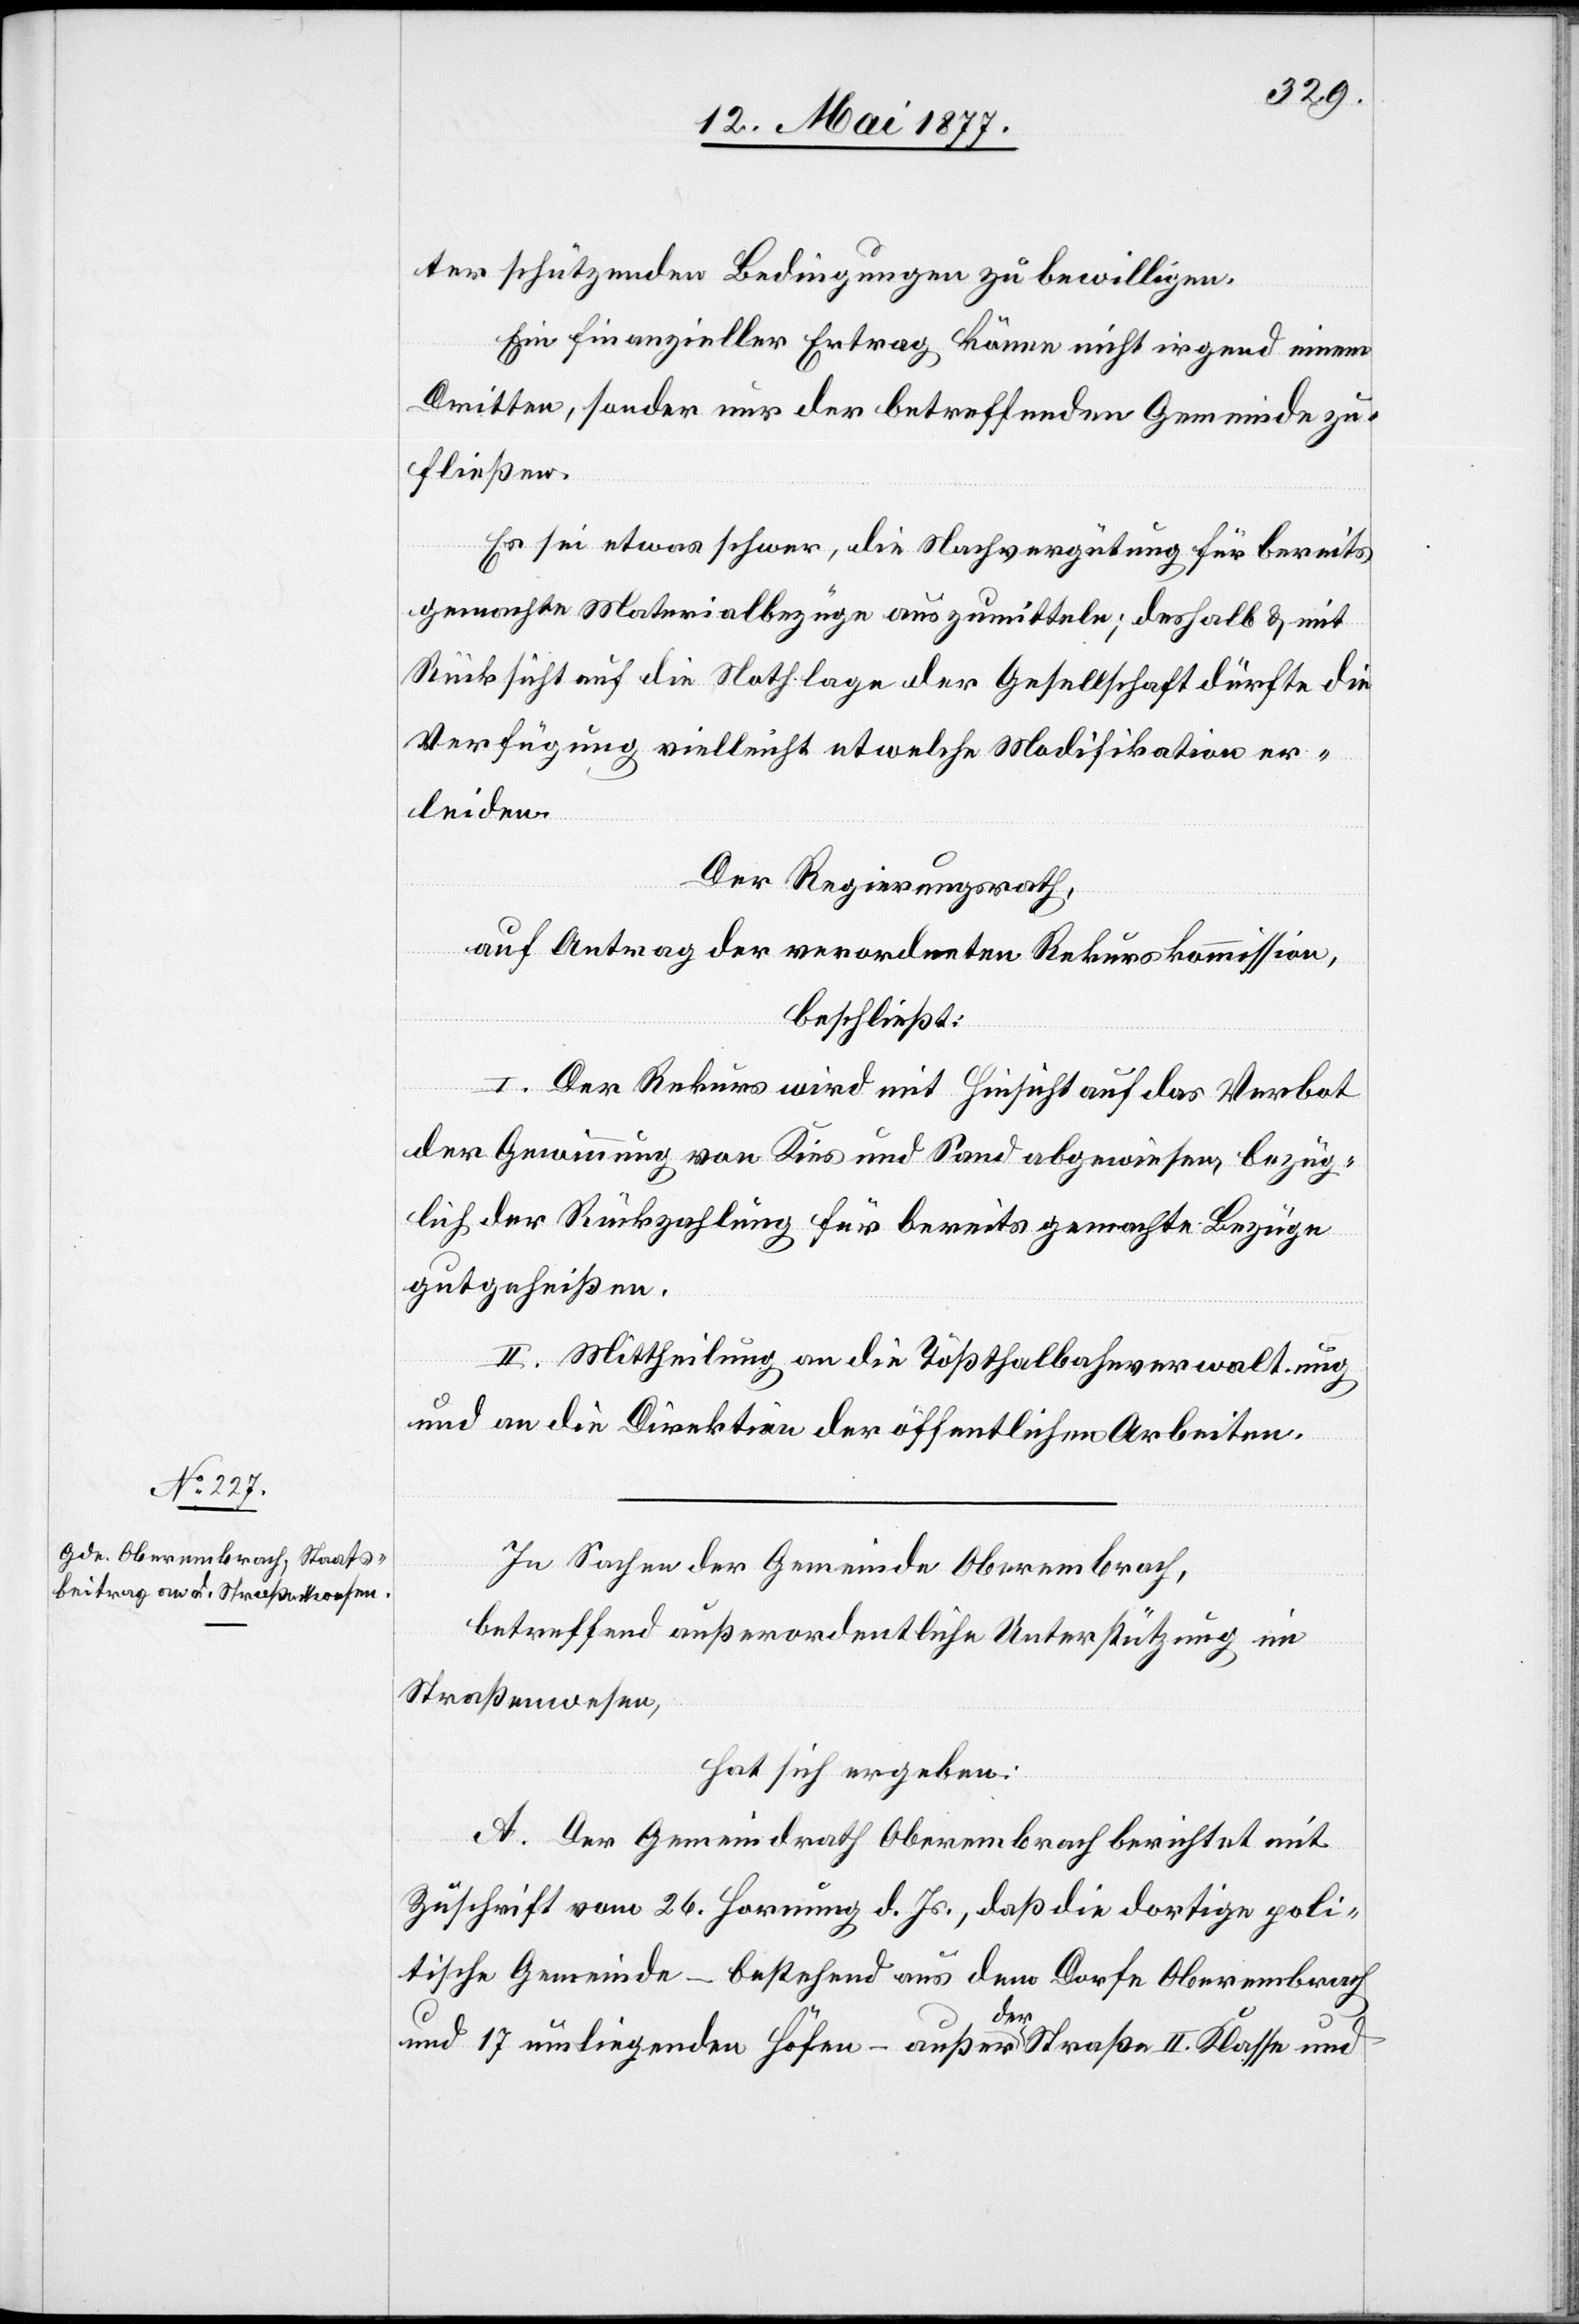
ter schützenden Bedingungen zu bewilligen.
Ein finanzieller Ertrag könne nicht irgend einem
Dritten, sondern nur der betreffenden Gemeinde zu¬
fließen.
Es sei etwas schwer, die Nachvergütung für bereits
gemachte Materialbezüge auszumitteln; deßhalb & mit
Rücksicht auf die Nothlage der Gesellschaft dürfte die
Verfügung vielleicht etwelche Modifikation er¬
leiden.
Der Regierungsrath,
auf Antrag der verordneten Rekurskommission,
beschließt:
I. Der Rekurs wird mit Hinsicht auf das Verbot
der Gewinnung von Kies und Sand abgewiesen, bezüg¬
lich der Rückzahlung für bereits gemachte Bezüge
gutgeheißen.
II. Mittheilung an die Tößthalbahnverwaltung
und an die Direktion der öffentlichen Arbeiten.
In Sachen der Gemeinde Oberembrach,
betreffend außerordentliche Unterstützung im
Straßenwesen,
hat sich ergeben:
A. Der Gemeindrath Oberembrach berichtet mit
Zuschrift vom 26. Hornung d. Js., daß die dortige poli¬
tische Gemeinde – bestehend aus dem Dorfe Oberembrach
und 17 umliegenden Höfen – außer der Straße II. Klasse und